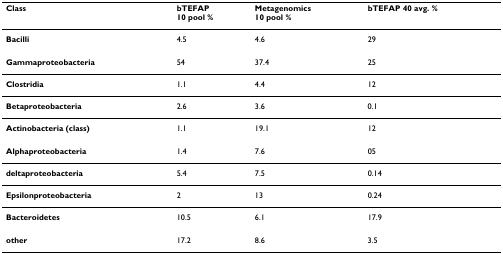
<table><thead><tr><td><b>Class</b></td><td><b>bTEFAP10 pool %</b></td><td><b>Metagenomics10 pool %</b></td><td><b>bTEFAP 40 avg. %</b></td></tr></thead><tbody><tr><td><b>Bacilli</b></td><td>4.5</td><td>4.6</td><td>29</td></tr><tr><td><b>Gammaproteobacteria</b></td><td>54</td><td>37.4</td><td>25</td></tr><tr><td><b>Clostridia</b></td><td>1.1</td><td>4.4</td><td>12</td></tr><tr><td><b>Betaproteobacteria</b></td><td>2.6</td><td>3.6</td><td>0.1</td></tr><tr><td><b>Actinobacteria (class)</b></td><td>1.1</td><td>19.1</td><td>12</td></tr><tr><td><b>Alphaproteobacteria</b></td><td>1.4</td><td>7.6</td><td>05</td></tr><tr><td><b>deltaproteobacteria</b></td><td>5.4</td><td>7.5</td><td>0.14</td></tr><tr><td><b>Epsilonproteobacteria</b></td><td>2</td><td>13</td><td>0.24</td></tr><tr><td><b>Bacteroidetes</b></td><td>10.5</td><td>6.1</td><td>17.9</td></tr><tr><td><b>other</b></td><td>17.2</td><td>8.6</td><td>3.5</td></tr></tbody></table>